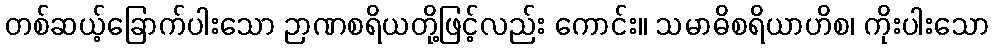
တစ်ဆယ့်ခြောက်ပါးသော ဉာဏစရိယတို့ဖြင့်လည်း ကောင်း။ သမာဓိစရိယာဟိစ၊ ကိုးပါးသော